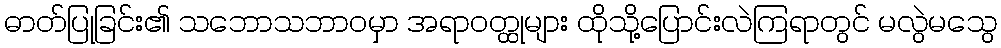
ဓာတ်ပြုခြင်း၏ သဘောသဘာဝမှာ အရာဝတ္ထုများ ထိုသို့ပြောင်းလဲကြရာတွင် မလွဲမသွေ